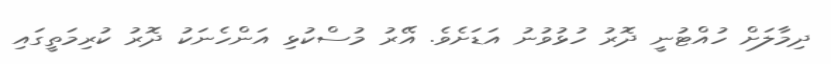
ދިމާލަށް ހުއްޓުނީ ދޮރު ހުޅުވުނު އަޑަށެވެ. އޭރު މުސްކުޅި އަންހެނަކު ދޮރު ކުރިމަތީގައި